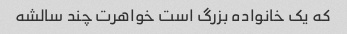
که یک خانواده بزرگ است خواهرت چند سالشه